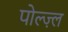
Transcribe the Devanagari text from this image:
पोल्ज़्ल